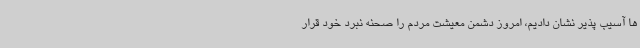
ها آسیب پذیر نشان دادیم، امروز دشمن معیشت مردم را صحنه نبرد خود قرار